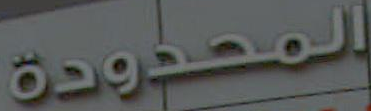
المحدودة